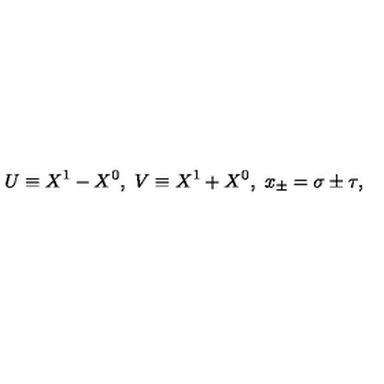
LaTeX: U \equiv X ^ { 1 } - X ^ { 0 } , \ V \equiv X ^ { 1 } + X ^ { 0 } , \ x _ { \pm } = \sigma \pm \tau ,